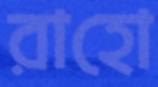
রাহো